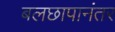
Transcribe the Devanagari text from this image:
बलछापानंतर